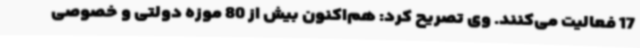
17 فعالیت می‌کنند. وی تصریح کرد: هم‌اکنون بیش از 80 موزه دولتی و خصوصی